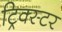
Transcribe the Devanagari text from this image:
ट्रिक्स्टर